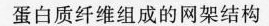
蛋白质纤维组成的网架结构